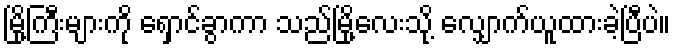
မြို့ကြီးများကို ရှောင်ခွာကာ သည်မြို့လေးသို့ လျှောက်ယူထားခဲ့ပြီပဲ။